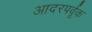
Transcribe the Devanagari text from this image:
आदरपर्वूक